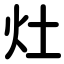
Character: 灶